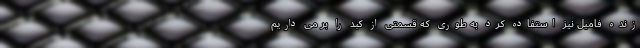
زنده فامیل نیز استفاده کرد به طوری که قسمتی از کبد را بر می داریم